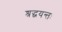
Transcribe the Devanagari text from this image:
श्रद्धयन्तः